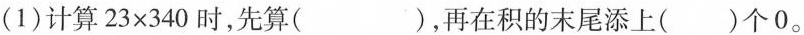
(1)计算$$23\times 340$$时，先算()，再在积的末尾添上()个0。